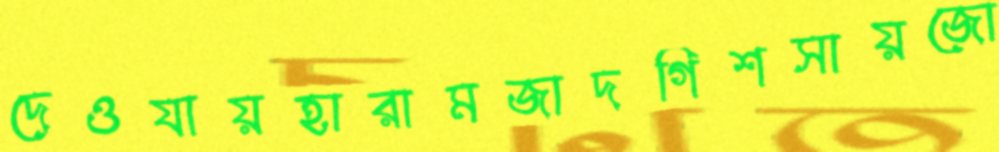
দেওযায়হারামজাদগিশসায়জো